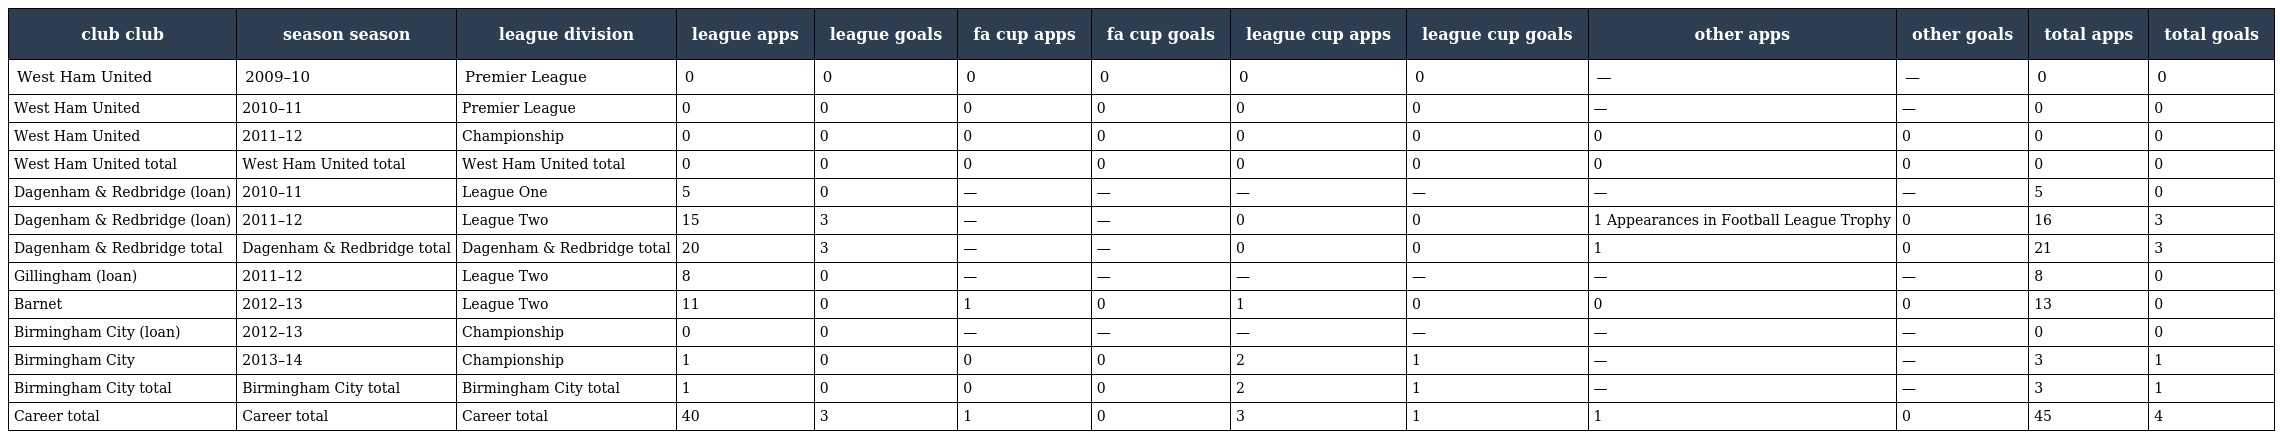
| club club | season season | league division | league apps | league goals | fa cup apps | fa cup goals | league cup apps | league cup goals | other apps | other goals | total apps | total goals |
 | --- | --- | --- | --- | --- | --- | --- | --- | --- | --- | --- | --- | --- |
 | West Ham United | 2009–10 | Premier League | 0 | 0 | 0 | 0 | 0 | 0 | — | — | 0 | 0 |
 | West Ham United | 2010–11 | Premier League | 0 | 0 | 0 | 0 | 0 | 0 | — | — | 0 | 0 |
 | West Ham United | 2011–12 | Championship | 0 | 0 | 0 | 0 | 0 | 0 | 0 | 0 | 0 | 0 |
 | West Ham United total | West Ham United total | West Ham United total | 0 | 0 | 0 | 0 | 0 | 0 | 0 | 0 | 0 | 0 |
 | Dagenham & Redbridge (loan) | 2010–11 | League One | 5 | 0 | — | — | — | — | — | — | 5 | 0 |
 | Dagenham & Redbridge (loan) | 2011–12 | League Two | 15 | 3 | — | — | 0 | 0 | 1 Appearances in Football League Trophy | 0 | 16 | 3 |
 | Dagenham & Redbridge total | Dagenham & Redbridge total | Dagenham & Redbridge total | 20 | 3 | — | — | 0 | 0 | 1 | 0 | 21 | 3 |
 | Gillingham (loan) | 2011–12 | League Two | 8 | 0 | — | — | — | — | — | — | 8 | 0 |
 | Barnet | 2012–13 | League Two | 11 | 0 | 1 | 0 | 1 | 0 | 0 | 0 | 13 | 0 |
 | Birmingham City (loan) | 2012–13 | Championship | 0 | 0 | — | — | — | — | — | — | 0 | 0 |
 | Birmingham City | 2013–14 | Championship | 1 | 0 | 0 | 0 | 2 | 1 | — | — | 3 | 1 |
 | Birmingham City total | Birmingham City total | Birmingham City total | 1 | 0 | 0 | 0 | 2 | 1 | — | — | 3 | 1 |
 | Career total | Career total | Career total | 40 | 3 | 1 | 0 | 3 | 1 | 1 | 0 | 45 | 4 |